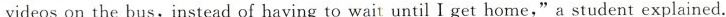
videoson the bus,instead of having to wait until I get home,"a student explained.